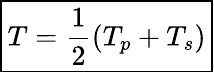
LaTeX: \boxed{T=\frac{1}{2}(T_{p}+T_{s})}